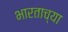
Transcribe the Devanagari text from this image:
भारताच्‍या